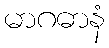
မာဂဓာနံ